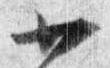
廿